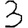
Digit: 3